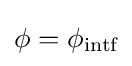
\phi =\phi _{\text{intf}}